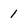
Character: 1